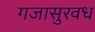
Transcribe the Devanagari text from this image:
गजासुरवध